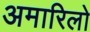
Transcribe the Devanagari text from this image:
अमारिलो